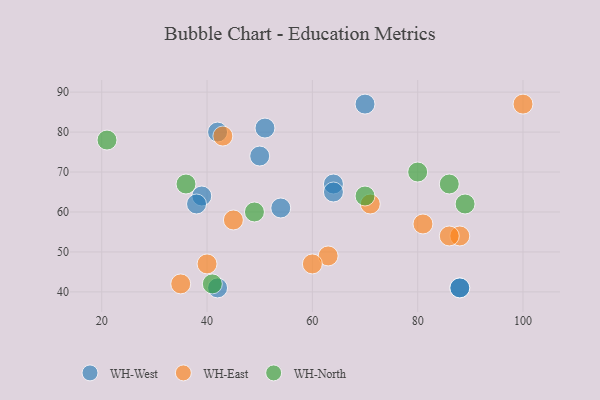
{"axis": {"x": "GDP", "y": "Life Expectancy"}, "legend": ["WH-East", "WH-North", "WH-West"], "data": [{"x": "50", "y": 74, "type": "WH-West"}, {"x": "88", "y": 41, "type": "WH-West"}, {"x": "42", "y": 41, "type": "WH-West"}, {"x": "39", "y": 64, "type": "WH-West"}, {"x": "38", "y": 62, "type": "WH-West"}, {"x": "42", "y": 80, "type": "WH-West"}, {"x": "64", "y": 67, "type": "WH-West"}, {"x": "70", "y": 87, "type": "WH-West"}, {"x": "51", "y": 81, "type": "WH-West"}, {"x": "64", "y": 65, "type": "WH-West"}, {"x": "88", "y": 41, "type": "WH-West"}, {"x": "54", "y": 61, "type": "WH-West"}, {"x": "100", "y": 87, "type": "WH-East"}, {"x": "35", "y": 42, "type": "WH-East"}, {"x": "40", "y": 47, "type": "WH-East"}, {"x": "63", "y": 49, "type": "WH-East"}, {"x": "45", "y": 58, "type": "WH-East"}, {"x": "71", "y": 62, "type": "WH-East"}, {"x": "88", "y": 54, "type": "WH-East"}, {"x": "81", "y": 57, "type": "WH-East"}, {"x": "60", "y": 47, "type": "WH-East"}, {"x": "86", "y": 54, "type": "WH-East"}, {"x": "43", "y": 79, "type": "WH-East"}, {"x": "36", "y": 67, "type": "WH-North"}, {"x": "41", "y": 42, "type": "WH-North"}, {"x": "86", "y": 67, "type": "WH-North"}, {"x": "89", "y": 62, "type": "WH-North"}, {"x": "49", "y": 60, "type": "WH-North"}, {"x": "80", "y": 70, "type": "WH-North"}, {"x": "70", "y": 64, "type": "WH-North"}, {"x": "21", "y": 78, "type": "WH-North"}]}